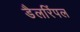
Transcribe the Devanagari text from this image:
डैलरिंपल